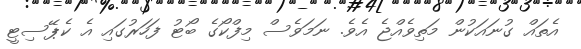
އެތައް ގުނައަކުން މަތިވެއްޖެ އެވެ. ނަމަވެސް މިފްކޯގެ ބޯޓު ފަހަރުގައި އެ ކެޕޭސިޓީ